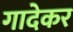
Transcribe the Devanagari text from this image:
गादेकर